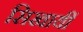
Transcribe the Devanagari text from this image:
सिखायीं